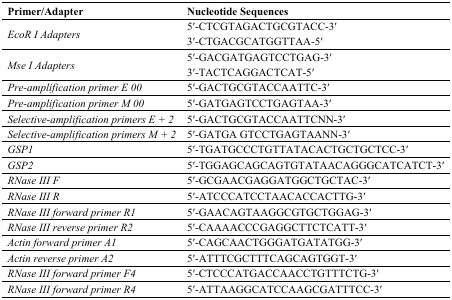
| Primer/Adapter | Nucleotide Sequences |
 | --- | --- |
 | <ROWSPAN=2> EcoR I Adapters | 5′-CTCGTAGACTGCGTACC-3′ |
 | 3′-CTGACGCATGGTTAA-5′ |
 | <ROWSPAN=2> Mse I Adapters | 5′-GACGATGAGTCCTGAG-3′ |
 | 3′-TACTCAGGACTCAT-5′ |
 | Pre-amplification primer E 00 | 5′-GACTGCGTACCAATTC-3′ |
 | Pre-amplification primer M 00 | 5′-GATGAGTCCTGAGTAA-3′ |
 | Selective-amplification primers E + 2 | 5′-GACTGCGTACCAATTCNN-3′ |
 | Selective-amplification primers M + 2 | 5′-GATGA GTCCTGAGTAANN-3′ |
 | GSP1 | 5′-TGATGCCCTGTTATACACTGCTGCTCC-3′ |
 | GSP2 | 5′-TGGAGCAGCAGTGTATAACAGGGCATCATCT-3′ |
 | RNase III F | 5′-GCGAACGAGGATGGCTGCTAC-3′ |
 | RNase III R | 5′-ATCCCATCCTAACACCACTTG-3′ |
 | RNase III forward primer R1 | 5′-GAACAGTAAGGCGTGCTGGAG-3′ |
 | RNase III reverse primer R2 | 5′-CAAAACCCGAGGCTTCTCATT-3′ |
 | Actin forward primer A1 | 5′-CAGCAACTGGGATGATATGG-3′ |
 | Actin reverse primer A2 | 5′-ATTTCGCTTTCAGCAGTGGT-3′ |
 | RNase III forward primer F4 | 5′-CTCCCATGACCAACCTGTTTCTG-3′ |
 | RNase III forward primer R4 | 5′-ATTAAGGCATCCAAGCGATTTCC-3′ |